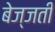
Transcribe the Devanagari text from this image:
बेज्जती